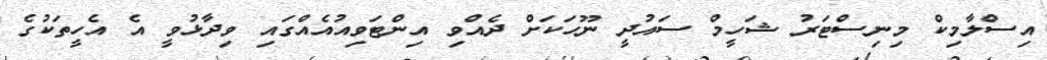
އިސްލާމިކް މިނިސްޓަރު ޝަހީމް ސައުދީ ނޫހަކަށް ދެއްވި އިންޓަވިއުއެއްގައި ވިދާޅުވީ އެ އެހީތަކުގެ